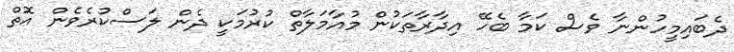
ދެބައިމީހުންނާ ވެސް ކަމާ ބެހޭ އިދާރާތަކުން މުއާމަލާތް ކުރުމަކީ ދެން ލަސްކުރެވެން އޮތް